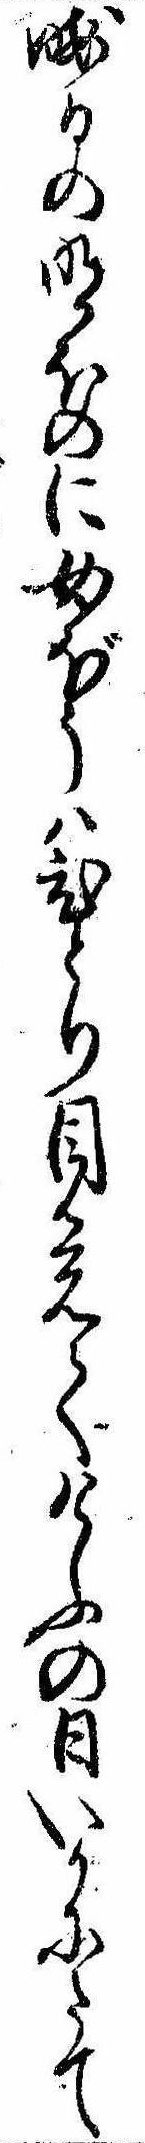
晦日の明ほのに女ぼうはひとり目覚てけふの日いかにたて